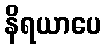
နိရယာပေ